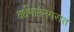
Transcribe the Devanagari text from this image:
वर्धमाननगरात